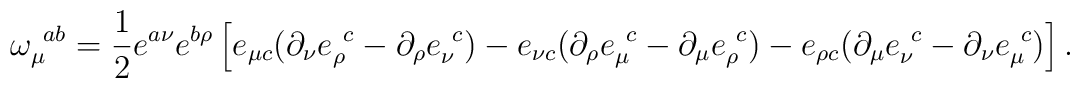
\omega_\mu^{\ ab}=\frac{1}{2}e^{a\nu}e^{b\rho}\left[e_{\mu c}(\partial_\nu e_\rho^{\ c}-\partial_\rho e_\nu^{\ c})-e_{\nu c}(\partial_\rho e_\mu^{\ c}-\partial_\mu e_\rho^{\ c})-e_{\rho c}(\partial_\mu e_\nu^{\ c}-\partial_\nu e_\mu^{\ c})\right].